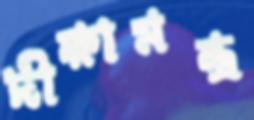
দীক্ষামন্ত্র